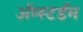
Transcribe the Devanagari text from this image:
अॅम्स्टडॅम